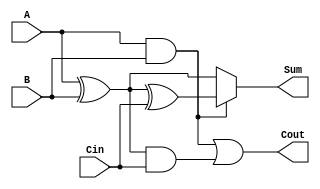
module ConditionalSumFullAdder (
    input wire A,      // 1-bit binary input A
    input wire B,      // 1-bit binary input B
    input wire Cin,    // 1-bit carry input
    output wire Sum,   // 1-bit sum output
    output wire Cout   // 1-bit carry output
);

    // Intermediate signals
    wire S1, S2;       // Potential sums
    wire C1, C2;       // Potential carry outputs

    // Compute S1 and C1 assuming Cin = 0
    assign S1 = A ^ B;           // S1 = A XOR B
    assign C1 = A & B;           // C1 = A AND B

    // Compute S2 and C2 assuming Cin = 1
    assign S2 = S1 ^ Cin;        // S2 = S1 XOR Cin
    assign C2 = S1 & Cin;        // C2 = S1 AND Cin

    // Final outputs
    assign Sum = C1 ? S2 : S1;   // Select S2 if C1 is true, otherwise S1
    assign Cout = C1 | C2;       // Cout = C1 OR C2

endmodule